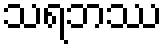
သရဘဿ